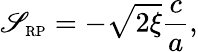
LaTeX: \mathscr{S}_{\scriptscriptstyle{\mathrm{{RP}}}}=-\sqrt{{2\xi}}{{\frac{{c}}{{a}}}},